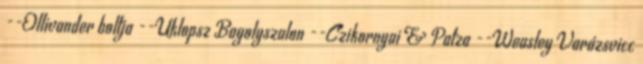
--Ollivander boltja --Uklopsz Bagolyszalon --Czikornyai & Patza --Weasley Varázsvicc